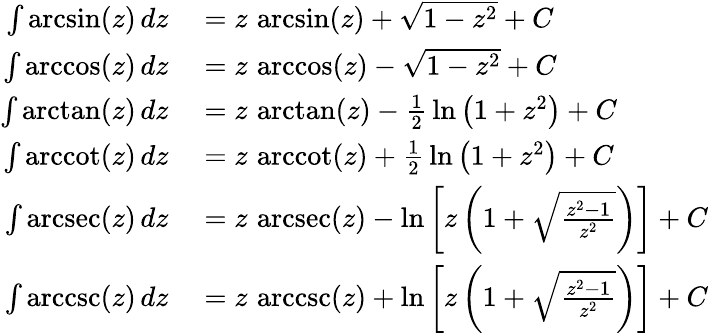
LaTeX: \begin{array}{rl}{\int\arcsin(z)\, dz}&{{}{}=z\, \arcsin(z)+{\sqrt{1-z^{2}}}+C}\\ {\int\operatorname{arccos}(z)\, dz}&{{}{}=z\, \operatorname{arccos}(z)-{\sqrt{1-z^{2}}}+C}\\ {\int\arctan(z)\, dz}&{{}{}=z\, \arctan(z)-{\frac{1}{2}}\ln\left(1+z^{2}\right)+C}\\ {\int\operatorname{arccot}(z)\, dz}&{{}{}=z\, \operatorname{arccot}(z)+{\frac{1}{2}}\ln\left(1+z^{2}\right)+C}\\ {\int\operatorname{arcsec}(z)\, dz}&{{}{}=z\, \operatorname{arcsec}(z)-\ln\left[z\left(1+{\sqrt{\frac{z^{2}-1}{z^{2}}}}\right)\right]+C}\\ {\int\operatorname{arccsc}(z)\, dz}&{{}{}=z\, \operatorname{arccsc}(z)+\ln\left[z\left(1+{\sqrt{\frac{z^{2}-1}{z^{2}}}}\right)\right]+C}\end{array}